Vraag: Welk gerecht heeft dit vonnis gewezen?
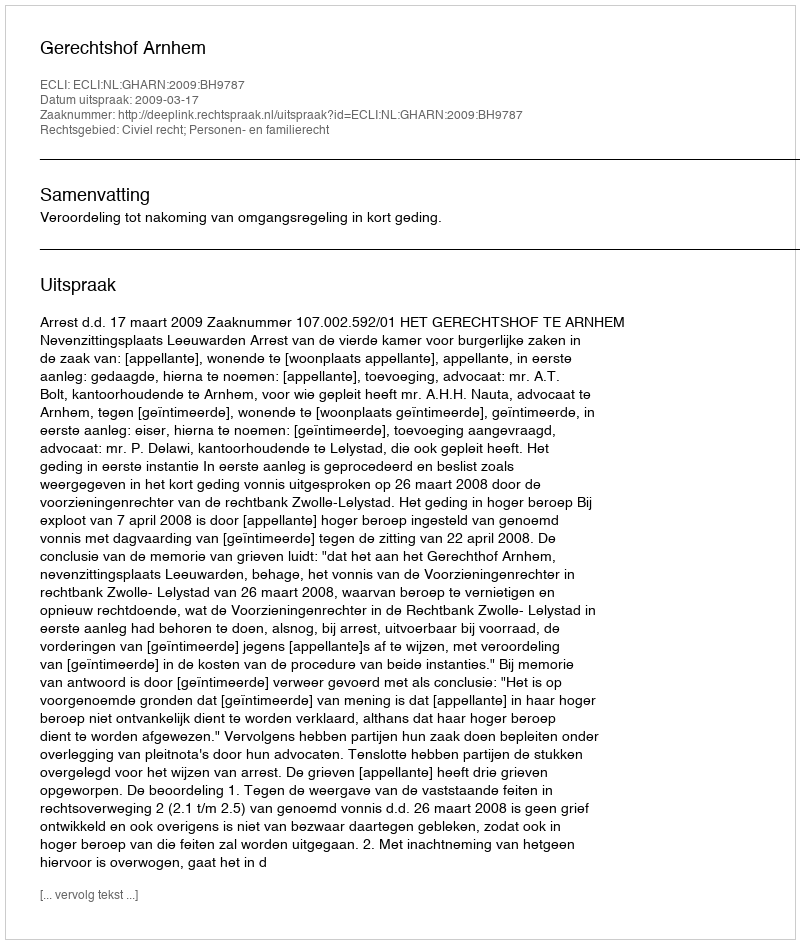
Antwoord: Gerechtshof Arnhem